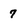
Character: 7